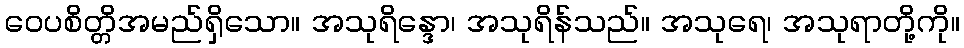
ဝေပစိတ္တိအမည်ရှိသော။ အသုရိန္ဒော၊ အသုရိန်သည်။ အသုရေ၊ အသုရာတို့ကို။